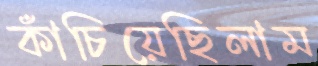
কাঁচিয়েছিলাম